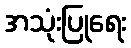
အသုံးပြုရေး